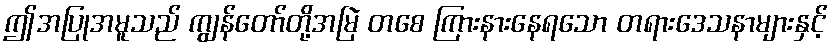
ဤအပြုအမူသည် ကျွန်တော်တို့အမြဲ တစေ ကြားနားနေရသော တရားဒေသနာများနှင့်